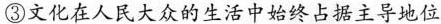
③文化在人民大众的生活中始终占据主导地位